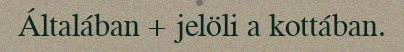
Általában + jelöli a kottában.